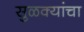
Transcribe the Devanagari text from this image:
सुळक्यांचा